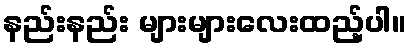
နည်းနည်း များများလေးထည့်ပါ။